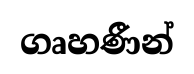
ගෘහණීන්